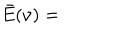
LaTeX: \bar { E } ( \nu ) =